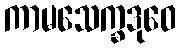
ကာမသေက္ခဒုဝေ